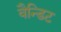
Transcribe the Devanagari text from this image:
वैन्डिट